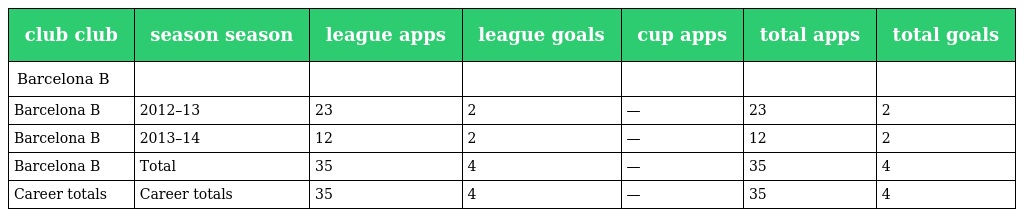
| club club | season season | league apps | league goals | cup apps | total apps | total goals |
 | --- | --- | --- | --- | --- | --- | --- |
 | Barcelona B |  |  |  |  |  |  |
 | Barcelona B | 2012–13 | 23 | 2 | — | 23 | 2 |
 | Barcelona B | 2013–14 | 12 | 2 | — | 12 | 2 |
 | Barcelona B | Total | 35 | 4 | — | 35 | 4 |
 | Career totals | Career totals | 35 | 4 | — | 35 | 4 |